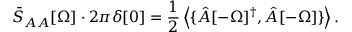
\bar { S } _ { A A } [ \Omega ] \cdot 2 \pi \delta [ 0 ] = \frac { 1 } { 2 } \left\langle { \{ \hat { A } [ - \Omega ] ^ { \dagger } , \hat { A } [ - \Omega ] \} } \right\rangle .